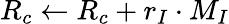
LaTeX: R_{c}\leftarrow R_{c}+r_{I}\cdot M_{I}